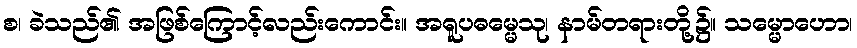
စ၊ ခဲသည်၏ အဖြစ်ကြောင့်လည်းကောင်း။ အရူပဓမ္မေသု၊ နာမ်တရားတို့၌။ သမ္မောဟော၊